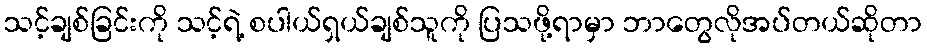
သင့်ချစ်ခြင်းကို သင့်ရဲ့ စပါယ်ရှယ်ချစ်သူကို ပြသဖို့ရာမှာ ဘာတွေလိုအပ်တယ်ဆိုတာ